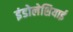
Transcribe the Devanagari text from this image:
इंडोलेशियाई